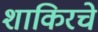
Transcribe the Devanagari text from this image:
शाकिरचे